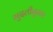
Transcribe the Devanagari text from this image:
मुदतीनुसार